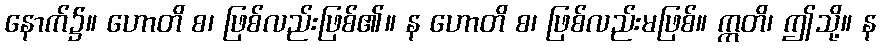
နောက်၌။ ဟောတိ စ၊ ဖြစ်လည်းဖြစ်၏။ န ဟောတိ စ၊ ဖြစ်လည်းမဖြစ်။ ဣတိ၊ ဤသို့။ န